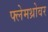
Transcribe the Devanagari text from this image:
फ्लेमथ्रोवर